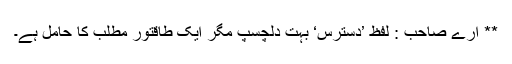
** ارے صاحب : لفظ ’دسترس‘ بہت دلچسپ مگر ایک طاقتور مطلب کا حامل ہے۔